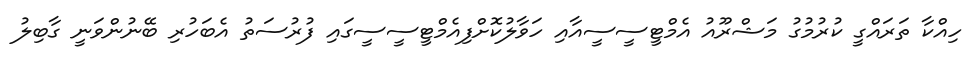
ހިއްކާ ތަރައްގީ ކުރުމުގު މަޝްރޫއު އެމްޓީސީސީއާއި ހަވާލުކޮށްފިއެމްޓީސީސީގައި ފުރުސަތު އެބަހުރި ބޭނުންވަނީ ގާބިލު